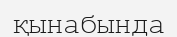
қынабында